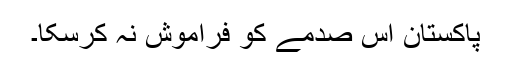
پاکستان اس صدمے کو فراموش نہ کرسکا۔